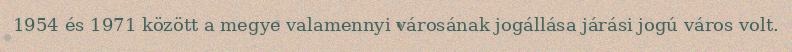
1954 és 1971 között a megye valamennyi városának jogállása járási jogú város volt.